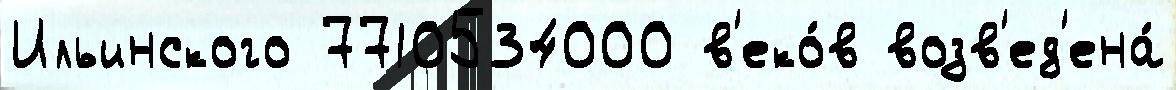
Ильинского 7710534000 в'еко́в возв'ед'ена́